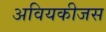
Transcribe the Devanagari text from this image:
अवियकीजस